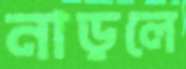
নাড়লে